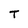
Character: T